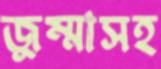
জুম্মাসহ